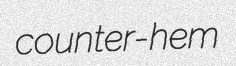
counter-hem